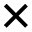
\times